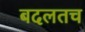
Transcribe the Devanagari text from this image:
बदलतच